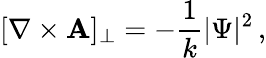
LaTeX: [\nabla\times{\mathbf A}]_{\perp}=-{\frac{1}{k}}|\Psi|^{2}\, ,